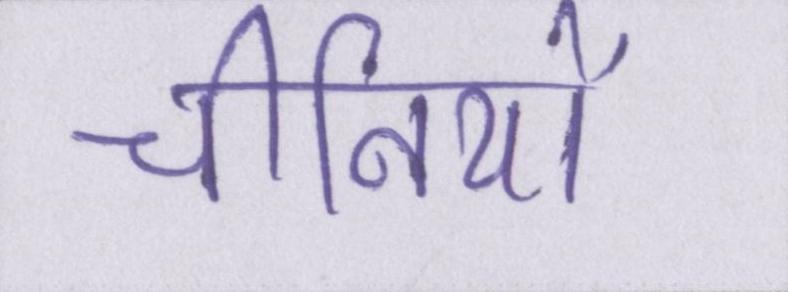
चीनियों